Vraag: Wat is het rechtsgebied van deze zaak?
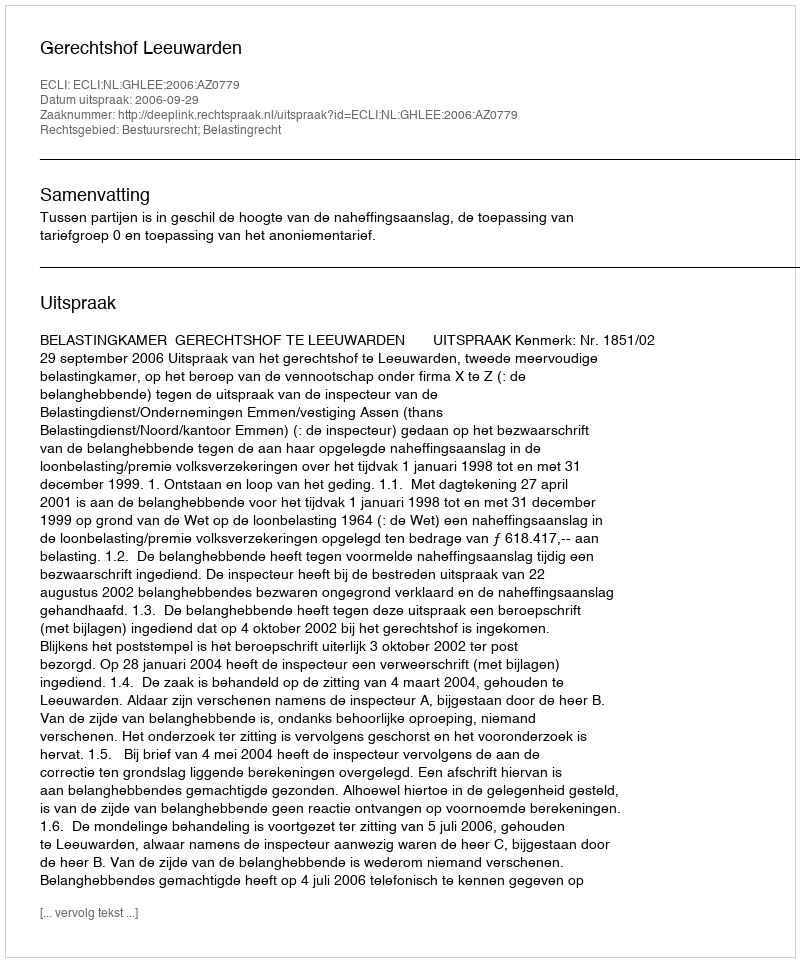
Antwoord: Bestuursrecht; Belastingrecht